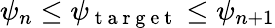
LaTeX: \psi_{n}\leq\psi_{\mathrm{~t~a~r~g~e~t~}}\leq\psi_{n+1}